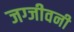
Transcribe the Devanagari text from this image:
जग्जीवनी